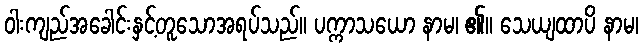
ဝါးကျည်အခေါင်းနှင့်တူသောအရပ်သည်။ ပက္ကာသယော နာမ၊ ၏။ သေယျထာပိ နာမ၊